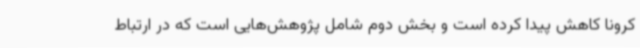
کرونا کاهش پیدا کرده‌ است و بخش دوم شامل پژوهش‌هایی است که در ارتباط